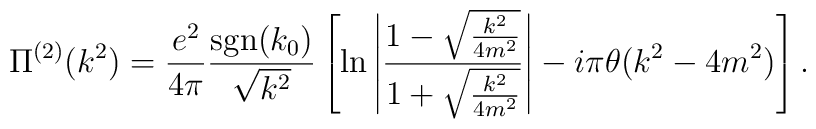
\Pi^{(2)}(k^2) = \frac{e^2}{4\pi}\frac{{\rm sgn} (k_0)}{\sqrt{k^2}}\left[ \ln \left| \frac{1-\sqrt{\frac{k^2}{4m^2}}}{1+\sqrt{\frac{k^2}{4m^2}}}\right|- i\pi\theta (k^2-4m^2) \right].